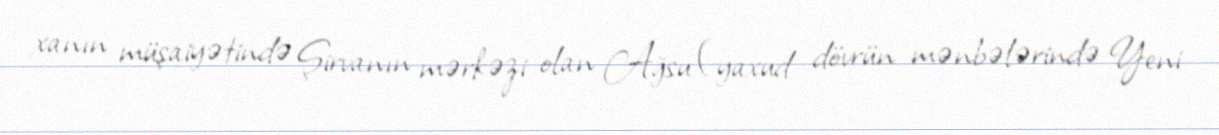
xanın müşaiyətində Şirvanın mərkəzi olan Ağsu (yaxud dövrün mənbələrində Yeni